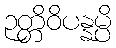
ဉတ္တိဝိပန္နမ္ပိ